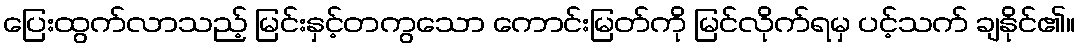
ပြေးထွက်လာသည့် မြင်းနှင့်တကွသော ကောင်းမြတ်ကို မြင်လိုက်ရမှ ပင့်သက် ချနိုင်၏။